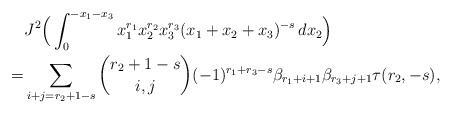
\begin{align*}&J^2\Big(\int_0^{-x_1-x_3}x_1^{r_1}x_2^{r_2}x_3^{r_3}(x_1+x_2+x_3)^{-s} \,dx_2\Big)\\=&\sum_{i+j=r_2+1-s}\binom{r_2+1-s}{i,j}(-1)^{r_1+r_3-s}\beta_{r_1+i+1}\beta_{r_3+j+1}\tau(r_2,-s),\end{align*}